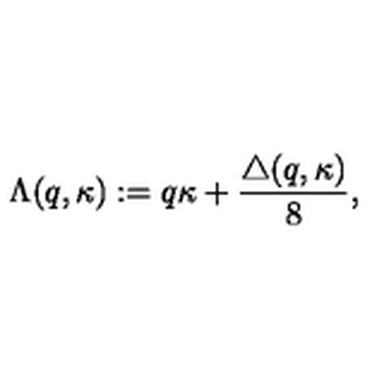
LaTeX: \Lambda ( q , \kappa ) : = q \kappa + \frac { \triangle ( q , \kappa ) } { 8 } ,